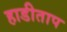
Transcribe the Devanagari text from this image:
हाडीताप